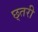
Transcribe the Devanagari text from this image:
छ्तरी